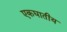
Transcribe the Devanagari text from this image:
एकघातीय